Indian journal of veterinary science and animal husbandry - Volumes 22-23, 1952-1953
Year: 1952
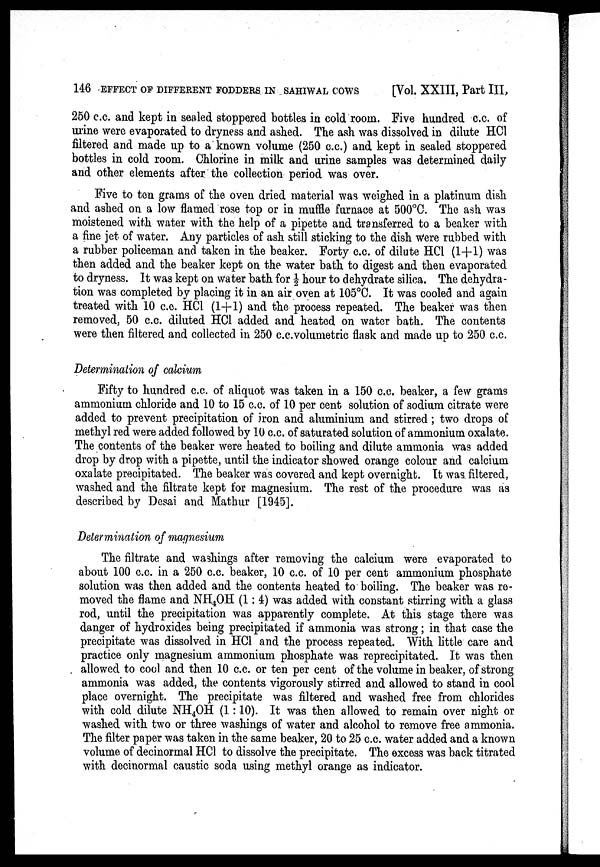
146 EFFECT OF DIFFERENT FODDERS IN SAHIWAL COWS
[Vol. XXIII, Part III,
250 c.c. and kept in sealed stoppered bottles in cold room. Five hundred c.c. of
urine were evaporated to dryness and ashed. The ash was dissolved in. dilute HCl
filtered and made up to a known volume (250 c.c.) and kept in sealed stoppered
bottles in cold room. Chlorine in milk and urine samples was determined daily
and other elements after the collection period was over.
Five to ten grams of the oven dried material was weighed in a platinum dish
and ashed on a low flamed rose top or in muffle furnace at 500°C. The ash was
moistened with water with the help of a pipette and transferred to a beaker with
a fine jet of water. Any particles of ash still sticking to the dish were rubbed with
a rubber policeman and taken in the beaker. Forty c.c. of dilute HCl (1+1) was
then added and the beaker kept on the water bath to digest and then evaporated
to dryness. It was kept on water bath for ½ hour to dehydrate silica. The dehydra-
tion was completed by placing it in an air oven at 105°C. It was cooled and again
treated with 10 c.c. HCl (1+1) and the process repeated. The beaker was then
removed. 50 c.c. diluted HCl added and heated on water bath. The contents
were then filtered and collected in 250 c.c.volumetric flask and made up to 250 c.c.
Determination of calcium
Fifty to hundred c.c. of aliquot was taken in a 150 c.c. beaker, a few grams
ammonium chloride and 10 to 15 c.c. of 10 per cent solution of sodium citrate were
added to prevent precipitation of iron and aluminium and stirred; two drops of
methyl red were added followed by 10 c.c. of saturated solution of ammonium oxalate.
The contents of the beaker were heated to boiling and dilute ammonia was added
drop by drop with a pipette, until the indicator showed orange colour and calcium
oxalate precipitated. The beaker was covered and kept overnight. It was. filtered,
washed and the filtrate kept for magnesium. The rest of the procedure was as
described by Desai and Mathur [1945].
Determination of magnesium
The filtrate and washings after removing the calcium were evaporated to
about 100 c.c. in a 250 c.c. beaker, 10 c.c. of 10 per cent ammonium phosphate
solution was then added and the contents heated to boiling. The beaker was re-
moved the flame and NH 4 OH (1: 4) was added with constant stirring with a glass
rod, until the precipitation was apparently complete. At this stage there was
danger of hydroxides being precipitated if ammonia was strong; in that case the
precipitate was dissolved in HCl and the process repeated. With little care and
practice only magnesium ammonium phosphate was reprecipitated. It was then
allowed to cool and then 10 c.c. or ten per cent of the volume in beaker, of strong
ammonia was added, the contents vigorously stirred and allowed to stand in cool
place overnight. The precipitate was filtered and washed free from chlorides
with cold dilute NH 4 OH (1 :10). It was then allowed to remain over night or
washed with two or three washings of water and alcohol to remove free ammonia.
The filter paper was taken in the same beaker, 20 to 25 c.c. water added and a known
volume of decinormal HCl to dissolve the precipitate. The excess was back titrated
with decinormal caustic soda using methyl orange as indicator.